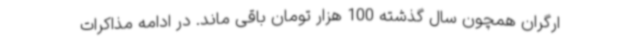
ارگران همچون سال گذشته 100 هزار تومان باقی ماند. در ادامه مذاکرات